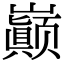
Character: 巅